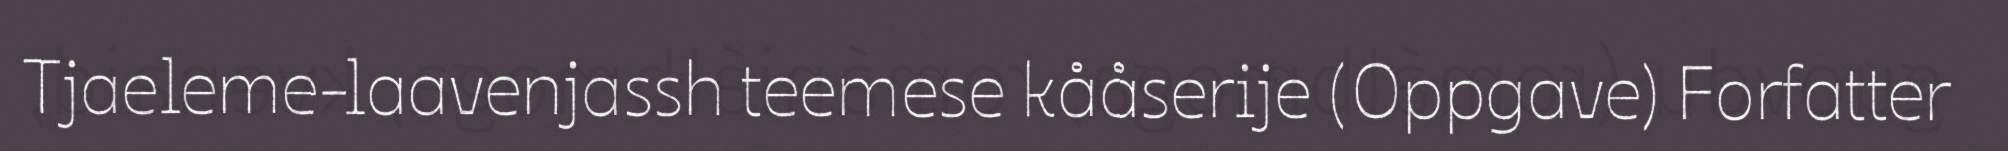
Tjaeleme-laavenjassh teemese kååserije (Oppgave) Forfatter